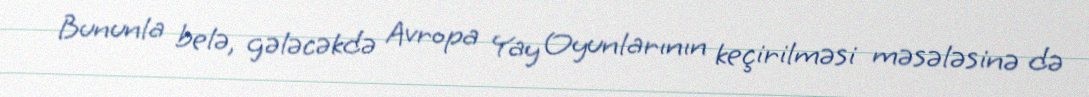
Bununla belə, gələcəkdə Avropa Yay Oyunlarının keçirilməsi məsələsinə də